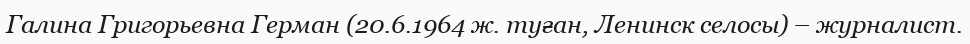
Галина Григорьевна Герман (20.6.1964 ж. туған, Ленинск селосы) – журналист.